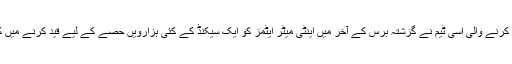
الفا ایکسپیریمنٹ پر کام کرنے والی اسی ٹیم نے گزشتہ برس کے آخر میں اینٹی میٹر ایٹمز کو ایک سیکنڈ کے کئی ہزارویں حصے کے لیے قید کرنے میں کامیابی حاصل کی تھی۔